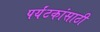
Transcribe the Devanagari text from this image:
पर्यंटकांसाठी